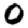
Digit: 0